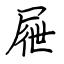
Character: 屜